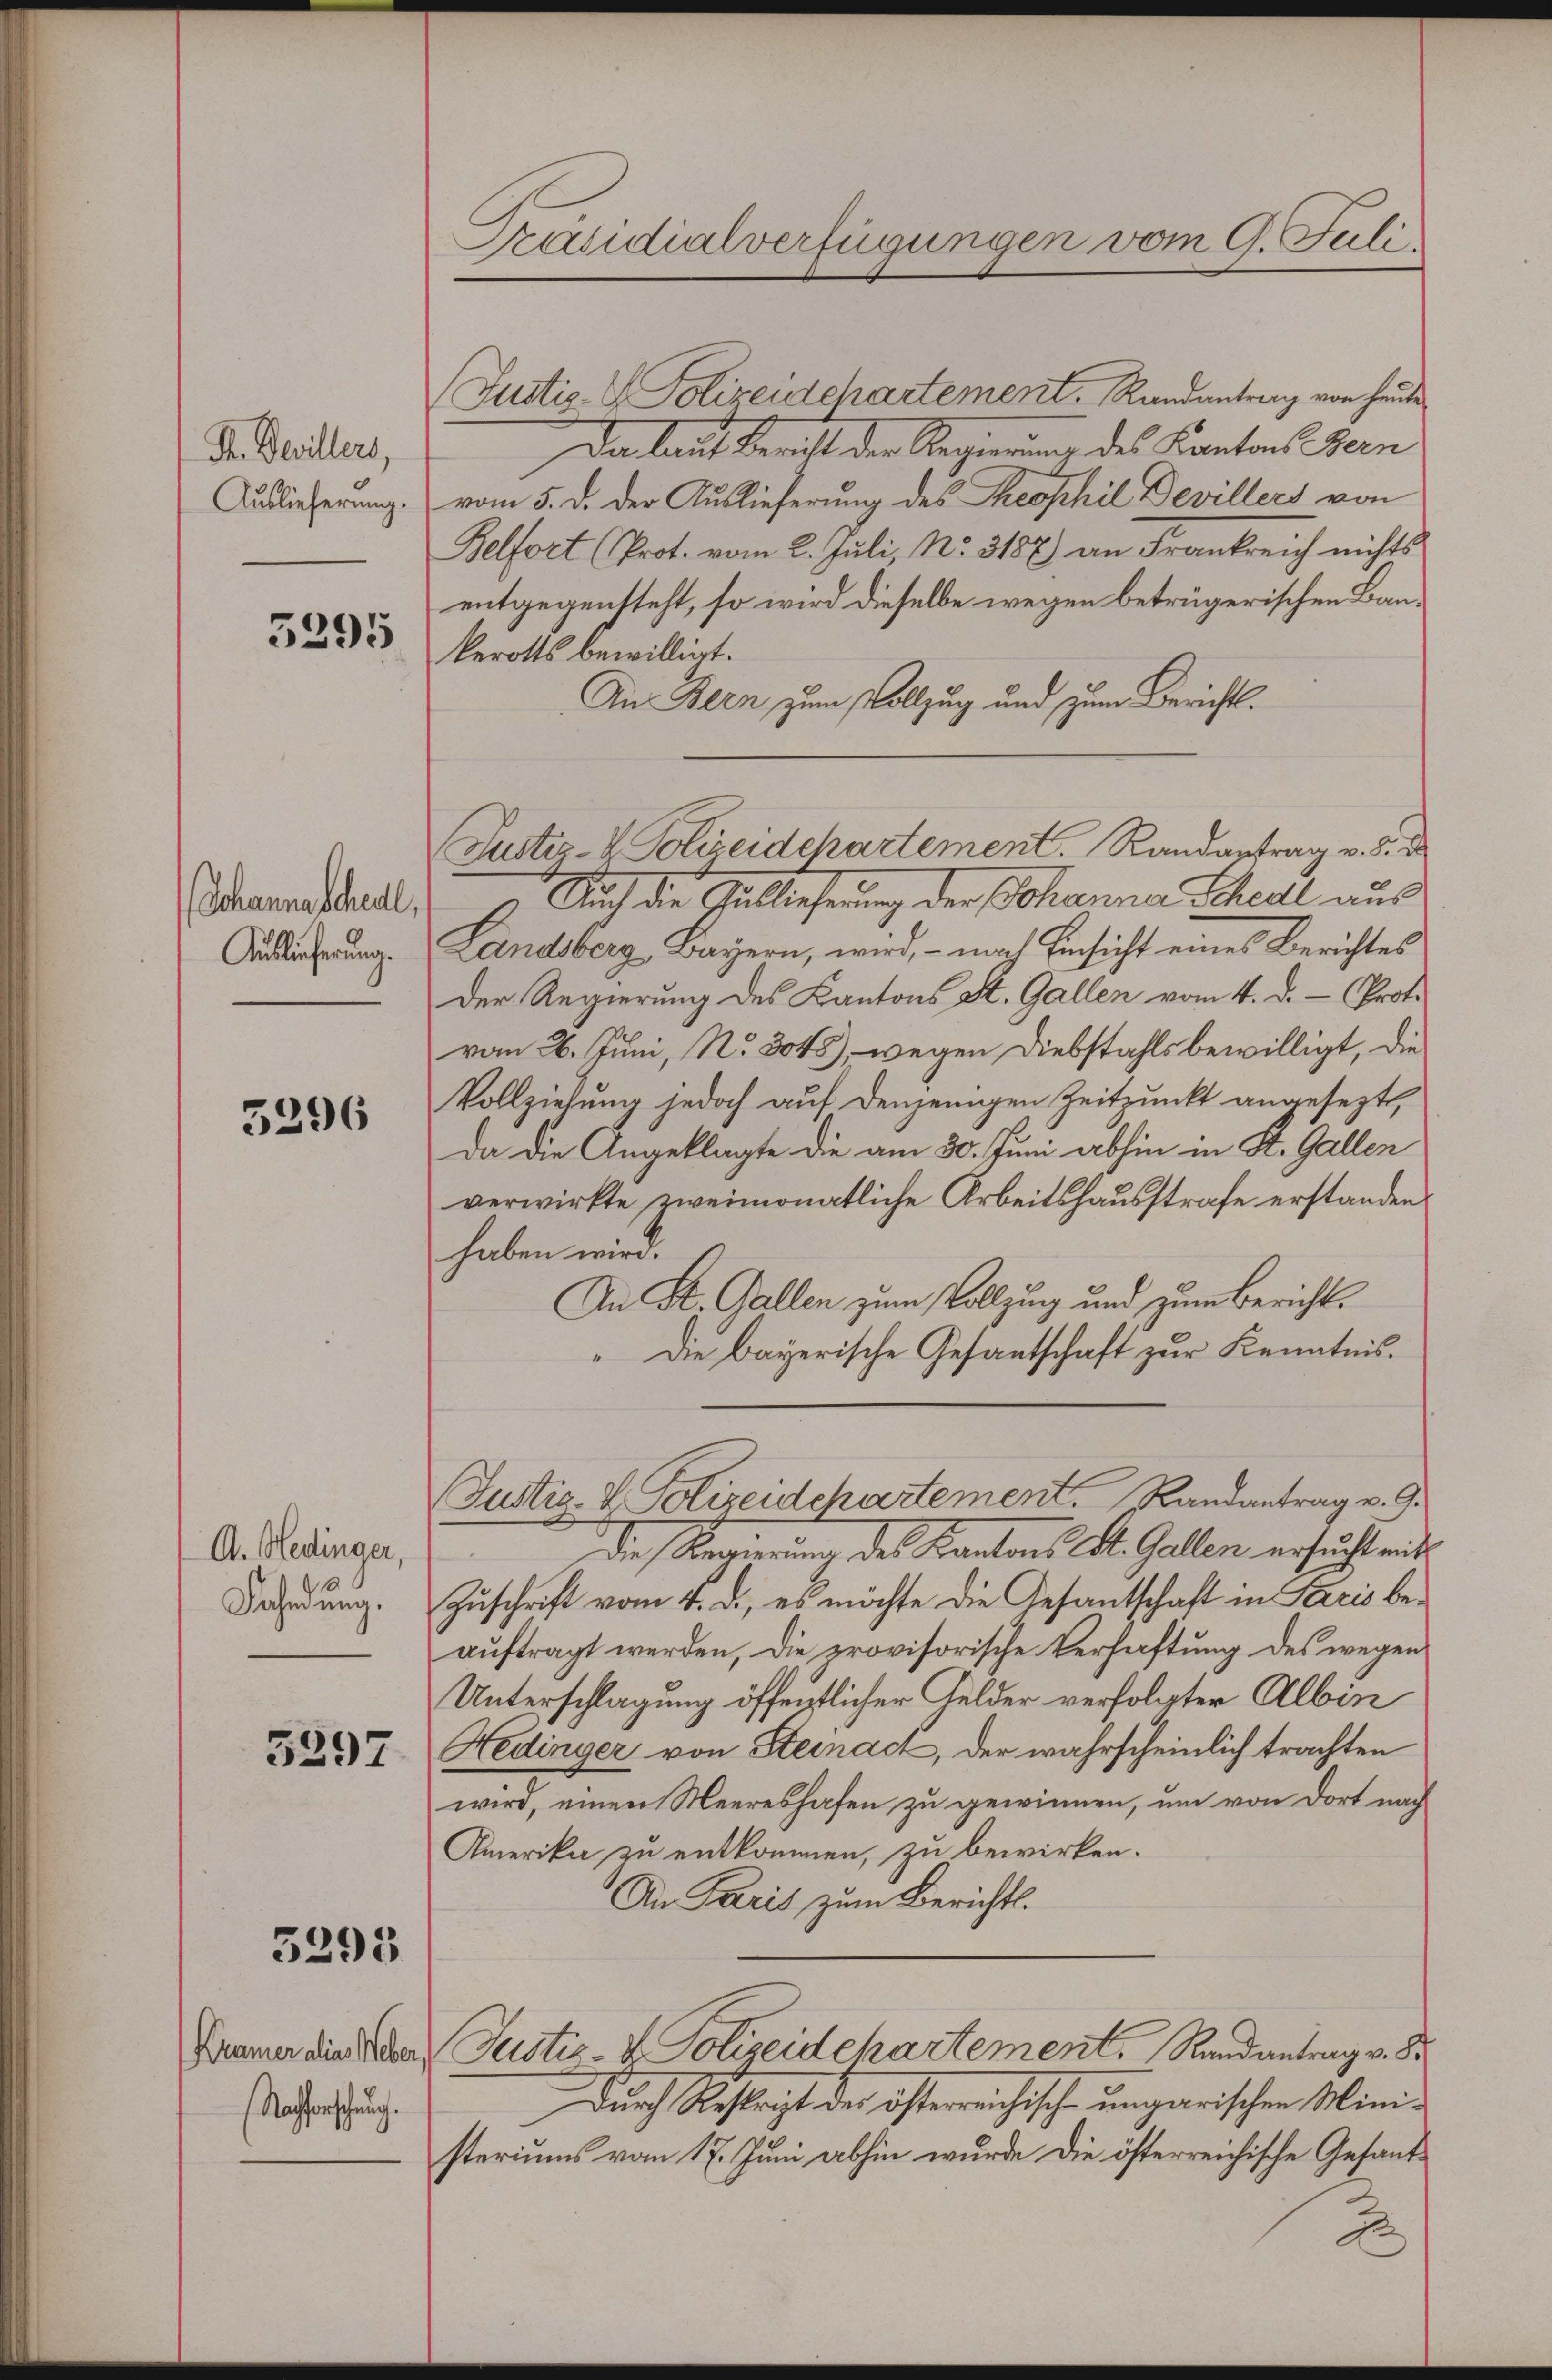
Sr. Devillers,
Auslieferung.

3295

Schanne schedl
Auslieferung.

5296

A. Hedinger,
Sahndung.

5297

3295

Kramer dies Weber
(Nachforscheuch

Präsidialverfügungen vom 9. Juli.

Justiz- & Polizeidchartement. Randantrag von heute
Da laut Bericht der Regierung des Kantons Bern
vom 5. d. der Auslieferung des Theophil Devillers von
Belfort (Prot. vom 2. Juli, No. 3187) an Frankreich nichts
entgegensteht, so wird dieselbe wegen betrügerischen Baukerotts bewilligt.
An Bern zum Vollzug und zum Berichts¬
Auch die Gelieferung der Johanna Schedl aus
Landsberg, Bayern, wird, – nach Einsicht eines Berichtes
Der Regierung des Kantons St. Gallen vom 4. d. - (Prot.
vom 26. Juni, No. 3045), wegen Diebstahls bewilligt, die
Vollziehung jedoch auf denjenigen Zeitpunkt angesezt,
da die Angeklagte die am 30. Juni abhin in St. Gallen
verwirkte zweimonatliche Arbeitshausstrafe erstanden.
haben wird.
An St. Gallen zum Vollzug und zum Bericht¬
“ Die Bayerische Gesantschaft zur Kenntnis¬
Justiz- & Polizeidchartement, Randantrag v. 9.
Die Regierung des Kantons St. Gallen ersucht mit
Zuschrift vom 4. d., es möchte die Gesantschaft in Paris beauftragt werden, die provisorische Verhaftung des wegen
Unterschlagung öffentlicher Gelder verfolgter Albin
Hedinger von Steinach, der wahrscheinlich trachten
wird, einen Meereshafen zu gewinnen, um von dort nach
Amerika zu entkommen, zu bewirken.
An Paris zum Bericht.
Justiz & Polizeidchartement, Randantrag v. 8.
Durch Reskript der österreichische ungarischen Ministeriums vom 17. Juni abhin wurde die österreichische Gesandd

Justiz- & Polizeidchartement. Randantrag v. 5. d.